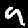
Digit: 9